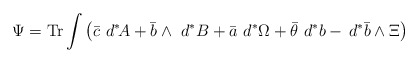
\begin{align*}\Psi={\rm Tr}\int\left(\bar c\,\,d^\ast\!\!\,A+\bar b\wedge\,\,d^\ast\,\!B+\bar a\,\,d^\ast\!\, \Omega+\bar\theta\,\,d^\ast\,\!b-\,d^\ast\,\!\bar b\wedge\Xi\right)\end{align*}